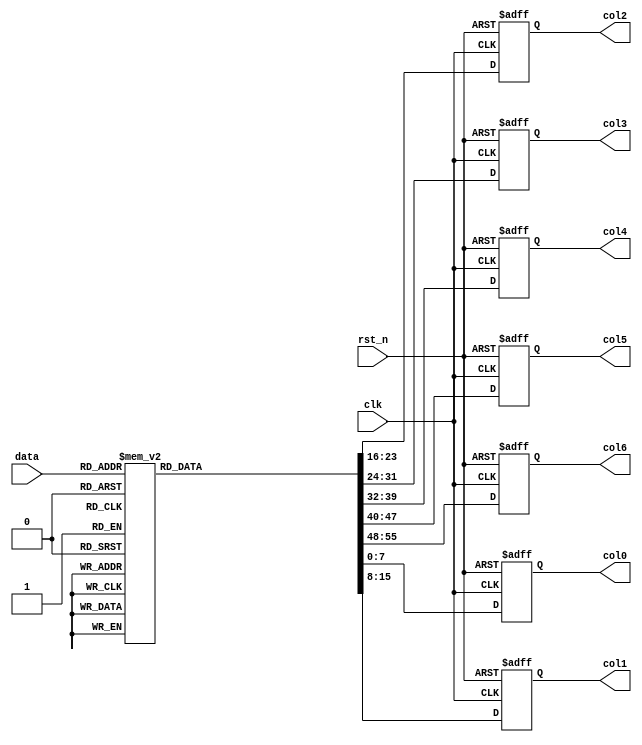
module digit_set(
	input clk,
	input rst_n,
	input [3:0] data,
	output reg [7:0] col0,
	output reg [7:0] col1,
	output reg [7:0] col2,
	output reg [7:0] col3,
	output reg [7:0] col4,
	output reg [7:0] col5,
	output reg [7:0] col6
	);

	always @(posedge clk or negedge rst_n)
		begin
			if (!rst_n)
				begin
					col0 <= 8'b0000_0000;
					col1 <= 8'b0000_0000;
					col2 <= 8'b0000_0000;
					col3 <= 8'b0000_0000;
					col4 <= 8'b0000_0000;
					col5 <= 8'b0000_0000;
					col6 <= 8'b0000_0000;
				end
			else
				begin
					case (data)
						4'b0000: // "0"
							begin
								col0 <= 8'b0000_0000;
								col1 <= 8'b0011_1110;
								col2 <= 8'b0101_0001;
								col3 <= 8'b0100_1001;
								col4 <= 8'b0100_0101;
								col5 <= 8'b0011_1110;
								col6 <= 8'b0000_0000;
							end
						4'b0001: // "1"
							begin
								col0 <= 8'b0000_0000;
								col1 <= 8'b0000_0000;;
								col2 <= 8'b0100_0010;
								col3 <= 8'b0111_1111;
								col4 <= 8'b0100_0000;
								col5 <= 8'b0000_0000;;
								col6 <= 8'b0000_0000;
							end
						4'b0010: // "2"
							begin
								col0 <= 8'b0000_0000;
								col1 <= 8'b0100_0010;
								col2 <= 8'b0110_0001;
								col3 <= 8'b0101_0001;
								col4 <= 8'b0100_1001;
								col5 <= 8'b0100_0110;
								col6 <= 8'b0000_0000;
							end
						4'b0011: // "3"
							begin
								col0 <= 8'b0000_0000;
								col1 <= 8'b0010_0010;
								col2 <= 8'b0100_0001;
								col3 <= 8'b0100_1001;
								col4 <= 8'b0100_1001;
								col5 <= 8'b0011_0110;
								col6 <= 8'b0000_0000;
							end
						4'b0100: // "4"
							begin
								col0 <= 8'b0000_0000;
								col1 <= 8'b0001_1000;
								col2 <= 8'b0001_0100;
								col3 <= 8'b0001_0010;
								col4 <= 8'b0111_1111;
								col5 <= 8'b0001_0000;
								col6 <= 8'b0000_0000;
							end
						4'b0101: // "5"
							begin
								col0 <= 8'b0000_0000;
								col1 <= 8'b0010_0111;
								col2 <= 8'b0100_0101;
								col3 <= 8'b0100_0101;
								col4 <= 8'b0100_0101;
								col5 <= 8'b0011_1001;
								col6 <= 8'b0000_0000;
							end
						4'b0110: // "6"
							begin
								col0 <= 8'b0000_0000;
								col1 <= 8'b0011_1110;
								col2 <= 8'b0100_1001;
								col3 <= 8'b0100_1001;
								col4 <= 8'b0100_1001;
								col5 <= 8'b0011_0010;
								col6 <= 8'b0000_0000;
							end
						4'b0111: // "7"
							begin
								col0 <= 8'b0000_0000;
								col1 <= 8'b0110_0001;
								col2 <= 8'b0001_0001;
								col3 <= 8'b0000_1001;
								col4 <= 8'b0000_0101;
								col5 <= 8'b0000_0011;
								col6 <= 8'b0000_0000;
							end
						4'b1000: // "8"
							begin
								col0 <= 8'b0000_0000;
								col1 <= 8'b0011_0110;
								col2 <= 8'b0100_1001;
								col3 <= 8'b0100_1001;
								col4 <= 8'b0100_1001;
								col5 <= 8'b0011_0110;
								col6 <= 8'b0000_0000;
							end
						4'b1001: // "9"
							begin
								col0 <= 8'b0000_0000;
								col1 <= 8'b0010_0110;
								col2 <= 8'b0100_1001;
								col3 <= 8'b0100_1001;
								col4 <= 8'b0100_1001;
								col5 <= 8'b0011_1110;
								col6 <= 8'b0000_0000;
							end
						4'b1110: // " "
							begin
								col0 <= 8'b0000_0000;
								col1 <= 8'b0000_0000;
								col2 <= 8'b0000_0000;
								col3 <= 8'b0000_0000;
								col4 <= 8'b0000_0000;
								col5 <= 8'b0000_0000;
								col6 <= 8'b0000_0000;
							end
						4'b1100: // "."
							begin
								col0 <= 8'b0000_0000;
								col1 <= 8'b0000_0000;
								col2 <= 8'b1100_0000;
								col3 <= 8'b1100_0000;
								col4 <= 8'b0000_0000;
								col5 <= 8'b0000_0000;
								col6 <= 8'b0000_0000;
							end
						4'b1111: // "-"
							begin
								col0 <= 8'b0000_0000;
								col1 <= 8'b0000_1000;
								col2 <= 8'b0000_1000;
								col3 <= 8'b0000_1000;
								col4 <= 8'b0000_1000;
								col5 <= 8'b0000_1000;
								col6 <= 8'b0000_0000;
							end
						default: // "*"
							begin
								col0 <= 8'b0000_0000;
								col1 <= 8'b0010_0010;
								col2 <= 8'b0001_0100;
								col3 <= 8'b0000_1000;
								col4 <= 8'b0001_0100;
								col5 <= 8'b0010_0010;
								col6 <= 8'b0000_0000;
							end
					endcase
				end
		end

endmodule